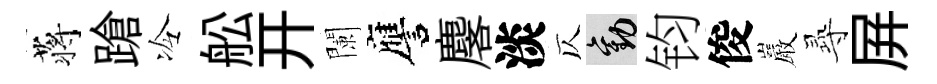
蒋蹌冷舩开闌譍麐淡仄勸钧俊巖𡬶屛